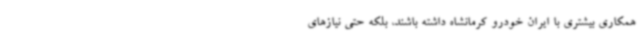
همکاری بیشتری با ایران خودرو کرمانشاه داشته باشند، بلکه حتی نیازهای